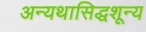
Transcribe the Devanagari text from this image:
अन्यथासिद्धशून्य